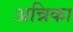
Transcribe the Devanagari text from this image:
अन्निका